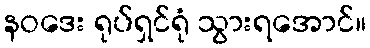
နဝဒေး ရုပ်ရှင်ရုံ သွားရအောင်။